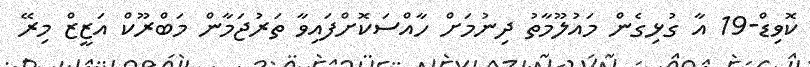
ކޮވިޑް-19 އާ ގުޅިގެން މައުލޫމާތު ދިނުމަށް ހާއްސަކޮށްފައިވާ ތަރުޖަމާން މަބްރޫކް އަޒީޒް މިރޭ